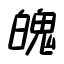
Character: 魄